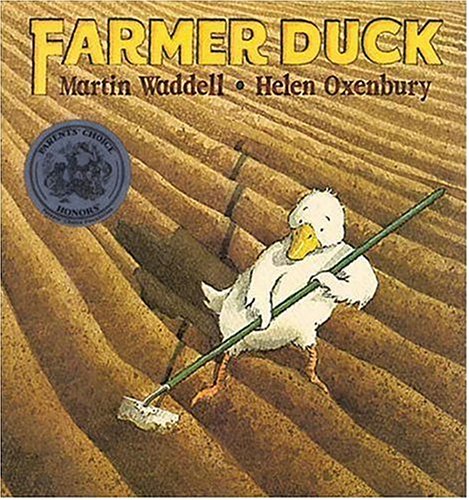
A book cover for Farmer Duck; Martin Waddell; Children's Books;